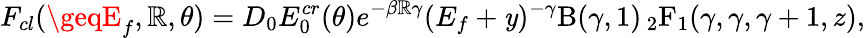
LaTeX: F_{cl}(\geqE_{f},\mathbb{R},\theta)=D_{0}E_{0}^{cr}(\theta)e^{-\beta\mathbb{R}\gamma}(E_{f}+\mathit{y})^{-\gamma}\mathrm{{B}}(\gamma,1)\, {_2\mathrm{{F}}_{1}}(\gamma,\gamma,\gamma+1,z),